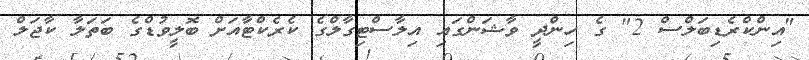
"އިންކްރެޑިބަލްސް 2" ގެ ހިންދީ ވާޝަންގައި އިލާސްޓިގާލްގެ ކެރެކްޓާއަށް ބޮލީވުޑްގެ ބަތަލާ ކާޖަލް